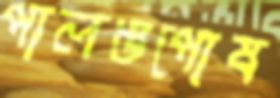
পালঙপোষ